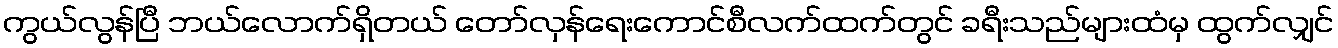
ကွယ်လွန်ပြီ ဘယ်လောက်ရှိတယ် တော်လှန်ရေးကောင်စီလက်ထက်တွင် ခရီးသည်များထံမှ ထွက်လျှင်